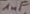
Text: 1µF